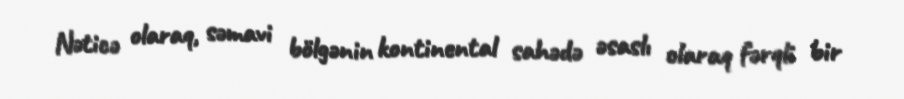
Nəticə olaraq, səmavi bölgənin kontinental sahədə əsaslı olaraq fərqli bir